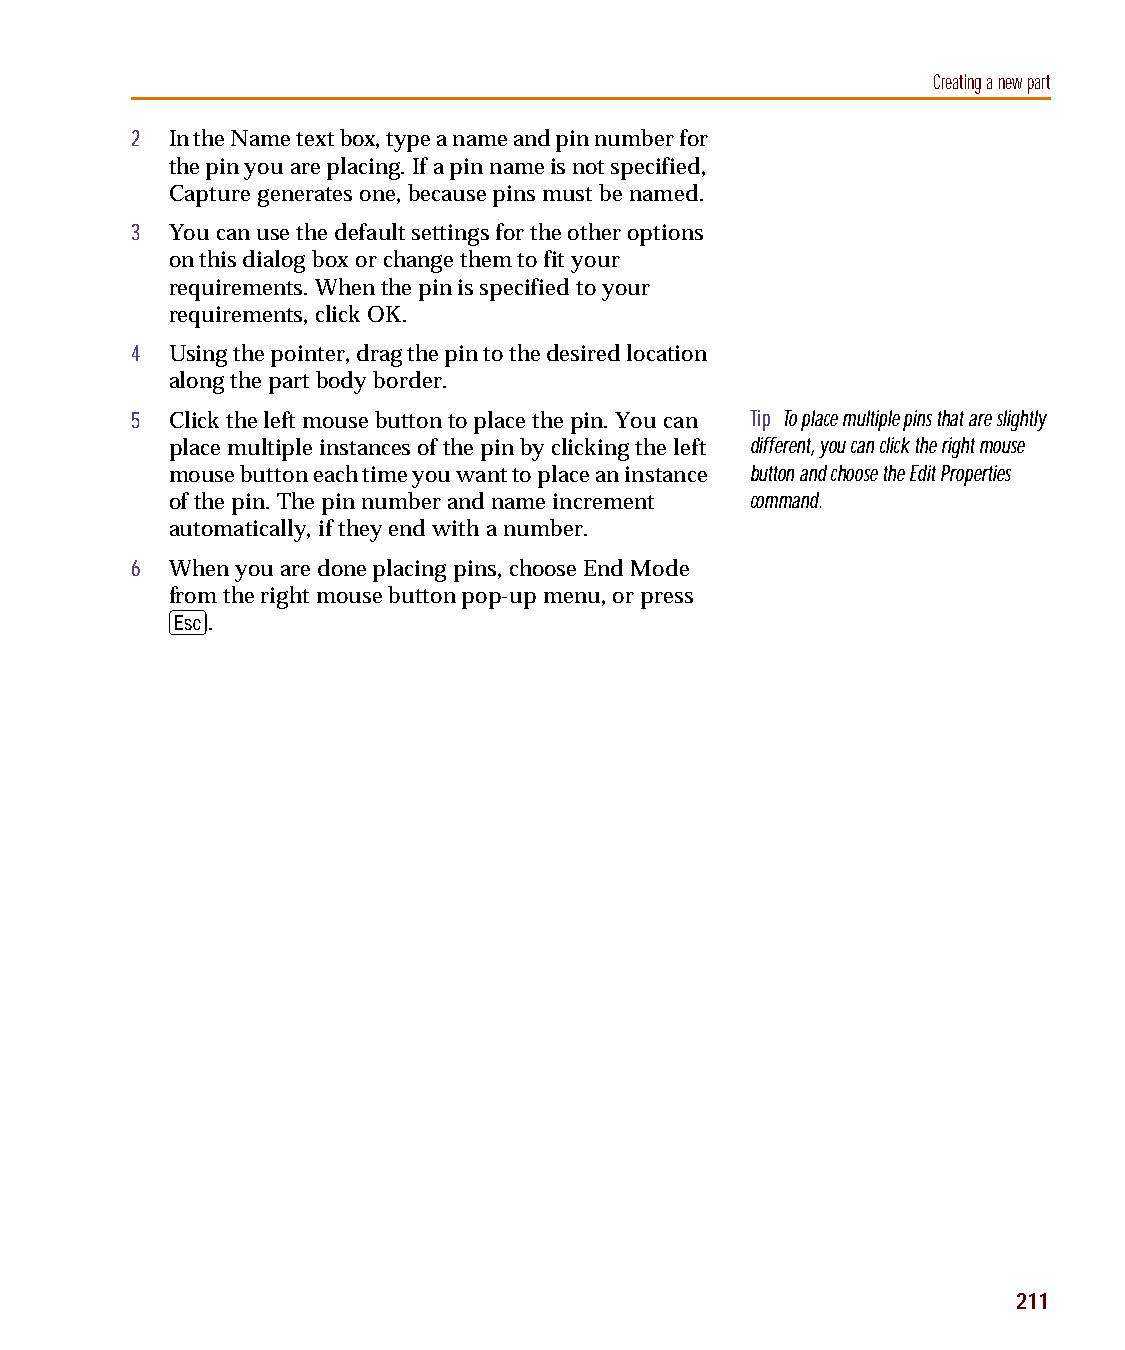
capug.book Page 211 Thursday, November 12, 1998 3:38 PM
 Creating a new part
 2 In the Name text box, type a name and pin number for
 the pin you are placing. If a pin name is not specified,
 Capture generates one, because pins must be named.
 3 You can use the default settings for the other options
 on this dialog box or change them to fit your
 requirements. When the pin is specified to your
 requirements, click OK.
 4 Using the pointer, drag the pin to the desired location
 along the part body border.
 5 Click the left mouse button to place the pin. You can Tip To place multiple pins that are slightly
 place multiple instances of the pin by clicking the left different, you can click the right mouse
 mouse button each time you want to place an instance button and choose the Edit Properties
 of the pin. The pin number and name increment command.
 automatically, if they end with a number.
 6 When you are done placing pins, choose End Mode
 from the right mouse button pop-up menu, or press
 E
 .
 211